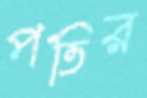
পতির